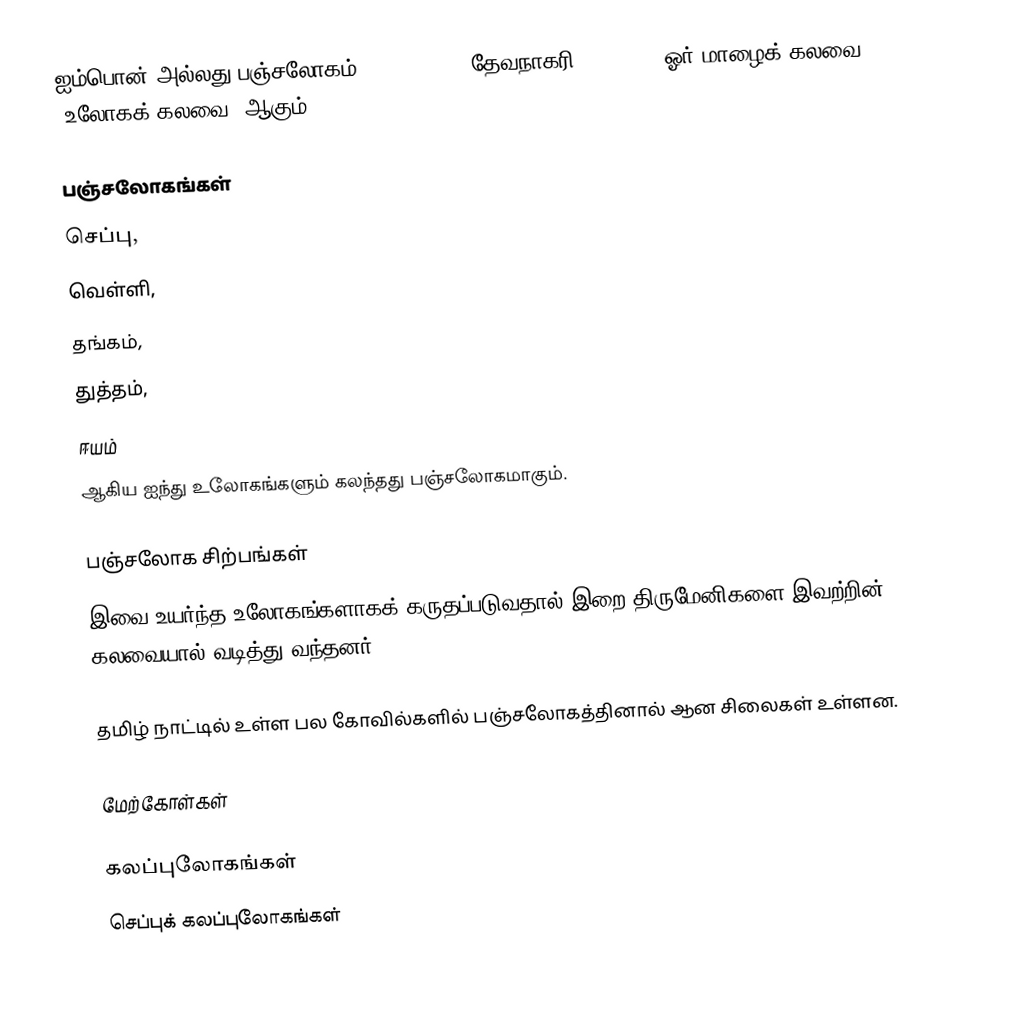
ஐம்பொன் அல்லது பஞ்சலோகம் (Panchaloha, தேவநாகரி: पञ्चलोह) ஓர் மாழைக் கலவை (உலோகக் கலவை) ஆகும்.

பஞ்சலோகங்கள்
செப்பு,
வெள்ளி,
தங்கம்,
துத்தம்,
ஈயம்
ஆகிய ஐந்து உலோகங்களும் கலந்தது பஞ்சலோகமாகும்.

பஞ்சலோக சிற்பங்கள்
இவை உயர்ந்த உலோகங்களாகக் கருதப்படுவதால் இறை திருமேனிகளை இவற்றின் கலவையால் வடித்து வந்தனர்.

தமிழ் நாட்டில் உள்ள பல கோவில்களில் பஞ்சலோகத்தினால் ஆன சிலைகள் உள்ளன.

மேற்கோள்கள்

கலப்புலோகங்கள்
செப்புக் கலப்புலோகங்கள்